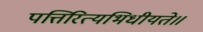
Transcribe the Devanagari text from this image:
पत्तिरित्यभिधीयते॥